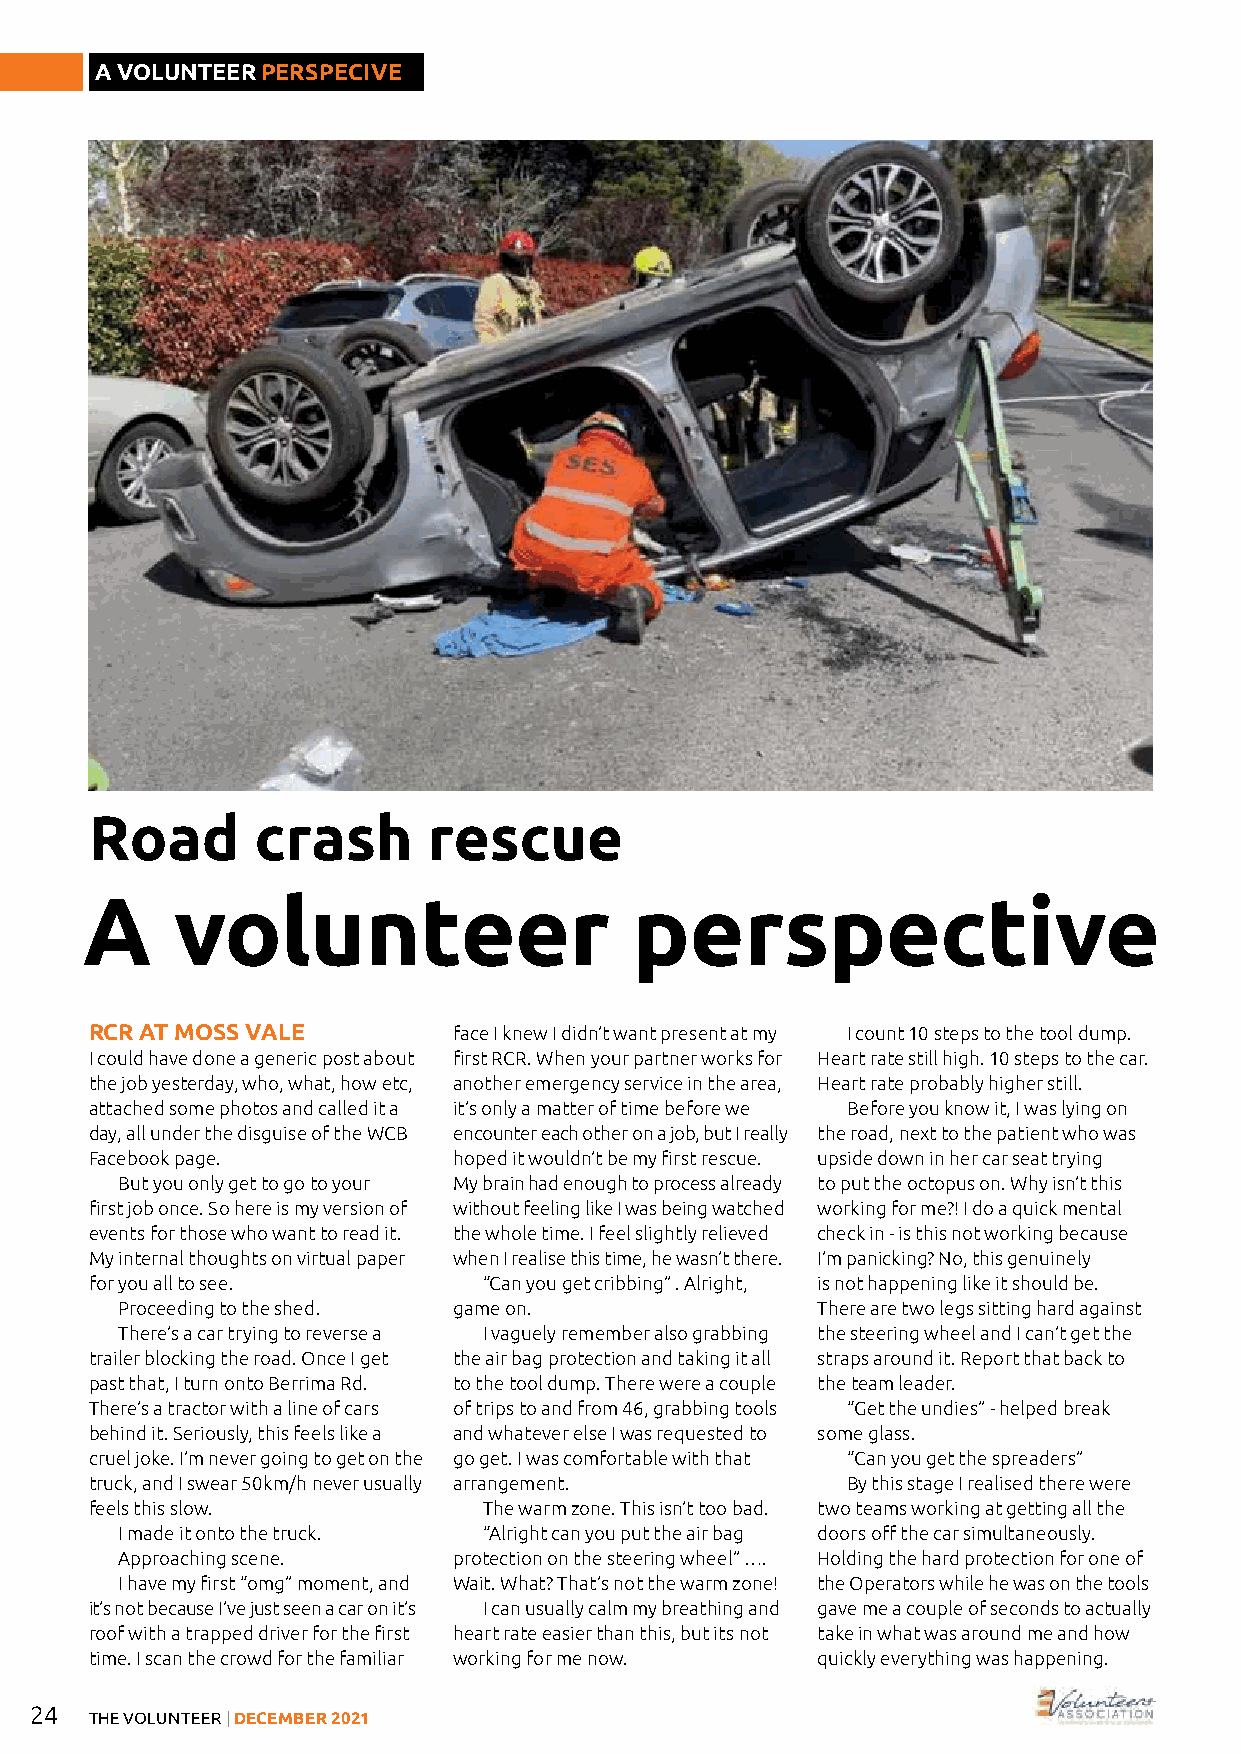
A VOLUNTEER PERSPECIVE
 Road       crash      rescue
 A      volunteer                     perspective
 RCR AT MOSS VALE        face I knew I didn’t want present at my I count 10 steps to the tool dump.
 I could have done a generic post about first RCR. When your partner works for Heart rate still high. 10 steps to the car.
 the job yesterday, who, what, how etc, another emergency service in the area, Heart rate probably higher still.
 attached some photos and called it a it’s only a matter of time before we Before you know it, I was lying on
 day, all under the disguise of the WCB encounter each other on a job, but I really the road, next to the patient who was
 Facebook page.          hoped it wouldn’t be my first rescue. upside down in her car seat trying
 But you only get to go to your My brain had enough to process already to put the octopus on. Why isn’t this
 first job once. So here is my version of without feeling like I was being watched working for me?! I do a quick mental
 events for those who want to read it. the whole time. I feel slightly relieved check in - is this not working because
 My internal thoughts on virtual paper when I realise this time, he wasn’t there. I’m panicking? No, this genuinely
 for you all to see.       “Can you get cribbing” . Alright, is not happening like it should be.
 Proceeding to the shed. game on.              There are two legs sitting hard against
 There’s a car trying to reverse a I vaguely remember also grabbing the steering wheel and I can’t get the
 trailer blocking the road. Once I get the air bag protection and taking it all straps around it. Report that back to
 past that, I turn onto Berrima Rd. to the tool dump. There were a couple the team leader.
 There’s a tractor with a line of cars of trips to and from 46, grabbing tools “Get the undies” - helped break
 behind it. Seriously, this feels like a and whatever else I was requested to some glass.
 cruel joke. I’m never going to get on the go get. I was comfortable with that “Can you get the spreaders”
 truck, and I swear 50km/h never usually arrangement. By this stage I realised there were
 feels this slow.          The warm zone. This isn’t too bad. two teams working at getting all the
 I made it onto the truck. “Alright can you put the air bag doors off the car simultaneously.
 Approaching scene.    protection on the steering wheel” …. Holding the hard protection for one of
 I have my first “omg” moment, and Wait. What? That’s not the warm zone! the Operators while he was on the tools
 it’s not because I’ve just seen a car on it’s I can usually calm my breathing and gave me a couple of seconds to actually
 roof with a trapped driver for the first heart rate easier than this, but its not take in what was around me and how
 time. I scan the crowd for the familiar working for me now. quickly everything was happening.
 24
 THE VOLUNTEER | DECEMBER 2021